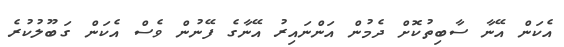
އެކަން އޭނާ ސާބިތުކޮށް ދެމުން އަންނައިރު އޭނާގެ ފޭނުން ވެސް އެކަން ގަބޫލުކުރެ